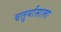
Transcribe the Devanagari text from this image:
चतुर्मासाला